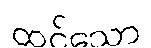
ထင်သော